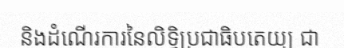
និងដំណើរការនៃលិទ្ធិប្រជាធិបតេយ្យ ជា